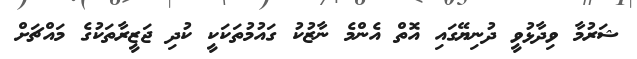
ޝަރުމާ ވިދާޅުވީ ދުނިޔޭގައި އޮތް އެންމެ ނާޒުކު ގައުމުތަކަކީ ކުދި ޖަޒީރާތަކުގެ މައްޗަށް